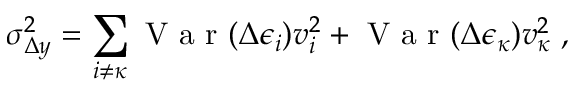
\sigma _ { \Delta y } ^ { 2 } = \sum _ { i \neq \kappa } \mathrm { ~ V ~ a ~ r ~ } ( \Delta \epsilon _ { i } ) v _ { i } ^ { 2 } + \mathrm { ~ V ~ a ~ r ~ } ( \Delta \epsilon _ { \kappa } ) v _ { \kappa } ^ { 2 } \; ,